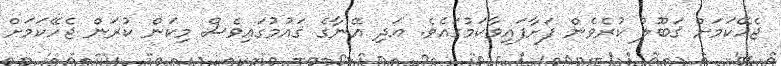
ޖެހޭކަމަށް ޤަބޫލު ކުރެވެން ފަށާފައިވާކަމުގައެވެ. އަދި އޭނާގެ ޤައުމުގައިވެސް މިކަން ކުރަން ޖެހޭކަމަށް